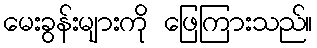
မေးခွန်းများကို ဖြေကြားသည်။